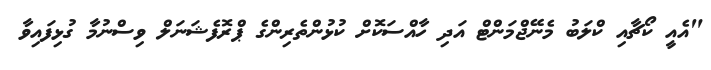
"އެއީ ކޯޗާއި ކްލަބު މެނޭޖްމަންޓް އަދި ހާއްސަކޮށް ކުޅުންތެރިންގެ ޕްރޮފެޝަނަލް ވިސްނުމާ ގުޅިފައިވާ